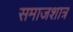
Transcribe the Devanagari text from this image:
समाजशात्र